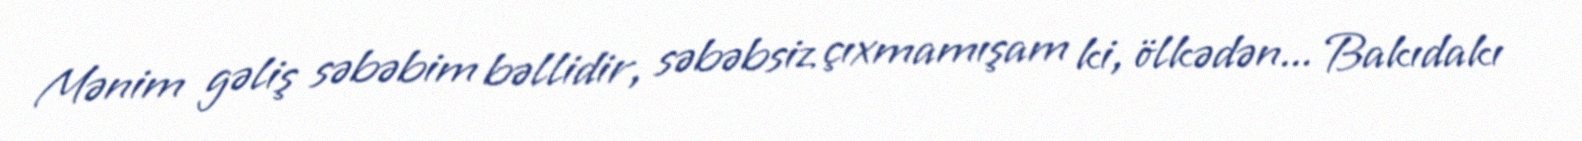
Mənim gəliş səbəbim bəllidir, səbəbsiz çıxmamışam ki, ölkədən... Bakıdakı